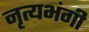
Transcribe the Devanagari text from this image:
नृत्यभंगी